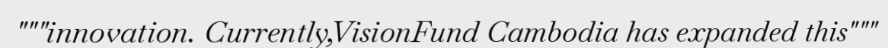
"""innovation. Currently,VisionFund Cambodia has expanded this"""